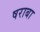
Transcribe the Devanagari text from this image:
षराबा